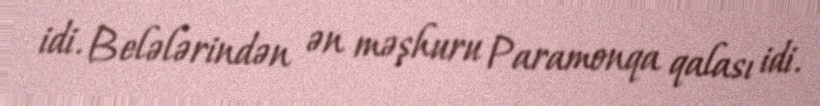
idi. Belələrindən ən məşhuru Paramonqa qalası idi.